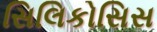
સિલિકોસિસ